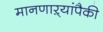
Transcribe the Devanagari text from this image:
मानणाऱ्यांपैकी